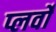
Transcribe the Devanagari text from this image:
प्लर्वों